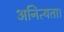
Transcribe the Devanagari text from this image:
अनित्यता।